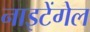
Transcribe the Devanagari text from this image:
नाइटेंगेल